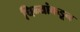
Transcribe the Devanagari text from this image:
चिन्यांकडून